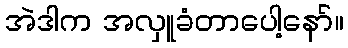
အဲဒါက အလှူခံတာပေါ့နော်။